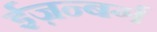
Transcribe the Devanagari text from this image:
ईज़न्बर्ग